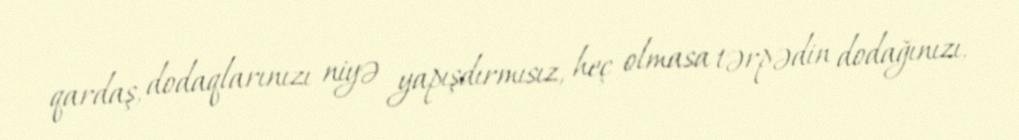
qardaş, dodaqlarınızı niyə yapışdırmısız, heç olmasa tərpədin dodağınızı,